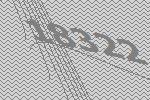
18322